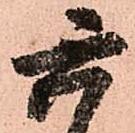
六